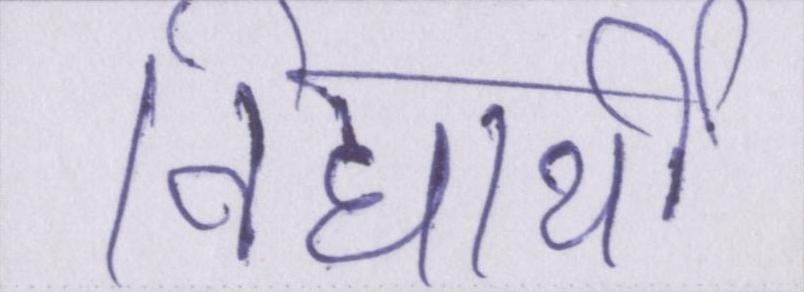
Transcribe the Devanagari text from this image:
विद्यार्थी